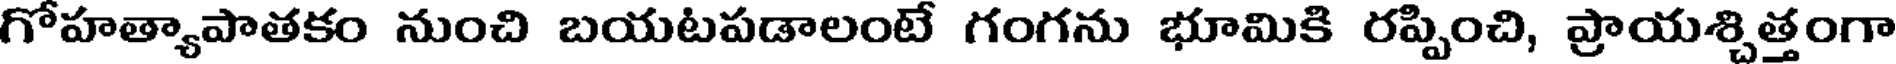
గోహత్యాపాతకం నుంచి బయటపడాలంటే గంగను భూమికి రప్పించి, ప్రాయశ్చిత్తంగా